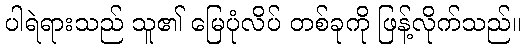
ပါရဲရားသည် သူ၏ မြေပုံလိပ် တစ်ခုကို ဖြန့်လိုက်သည်။